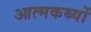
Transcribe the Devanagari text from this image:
आत्मकथ्यों